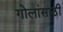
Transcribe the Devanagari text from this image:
गोलांसाठी